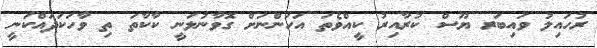
ރުހައިލު ވައިބަރ ޔޫސް ކުރާއިރު ކީއްވެތަ އަހަންނަށް ގޮވާނުލަނީ ކާކާތަ ތި ވާހަކަދައްކަނީ